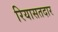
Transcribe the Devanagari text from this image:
रियासतदार